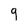
Character: q